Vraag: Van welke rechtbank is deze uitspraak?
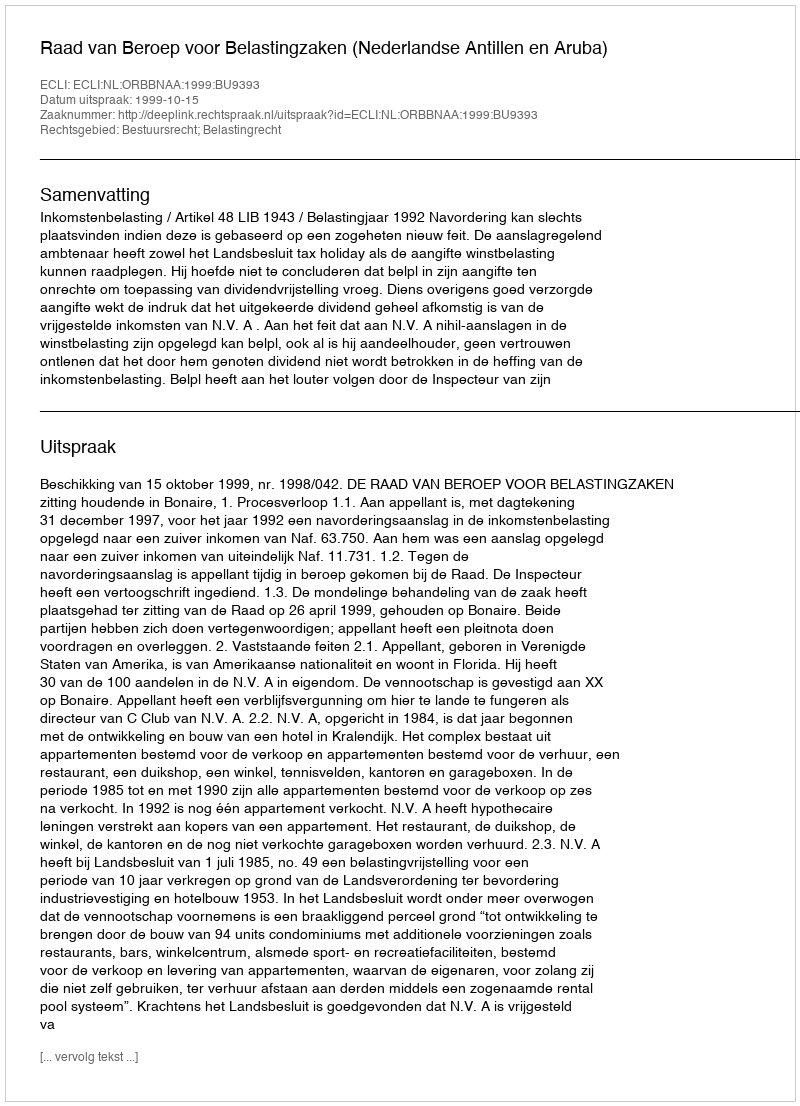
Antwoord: Raad van Beroep voor Belastingzaken (Nederlandse Antillen en Aruba)